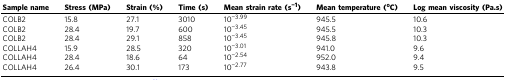
<table><thead><tr><td><b>Sample name</b></td><td><b>Stress (MPa)</b></td><td><b>Strain (%)</b></td><td><b>Time (s)</b></td><td><b>Mean strain rate (s<sup>−1</sup>)</b></td><td><b>Mean temperature (<sup>o</sup>C)</b></td><td><b>Log mean viscosity (Pa.s)</b></td></tr></thead><tbody><tr><td>COLB2</td><td>15.8</td><td>27.1</td><td>3010</td><td>10<sup>−3.99</sup></td><td>945.5</td><td>10.6</td></tr><tr><td>COLB2</td><td>28.4</td><td>19.7</td><td>600</td><td>10<sup>−3.45</sup></td><td>945.5</td><td>10.3</td></tr><tr><td>COLB2</td><td>28.4</td><td>29.1</td><td>858</td><td>10<sup>−3.45</sup></td><td>945.8</td><td>10.3</td></tr><tr><td>COLLAH4</td><td>15.9</td><td>28.5</td><td>320</td><td>10<sup>−3.01</sup></td><td>941.0</td><td>9.6</td></tr><tr><td>COLLAH4</td><td>28.4</td><td>18.6</td><td>64</td><td>10<sup>−2.54</sup></td><td>952.0</td><td>9.4</td></tr><tr><td>COLLAH4</td><td>26.4</td><td>30.1</td><td>173</td><td>10<sup>−2.77</sup></td><td>943.8</td><td>9.5</td></tr></tbody></table>